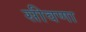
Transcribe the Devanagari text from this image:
सीवणा